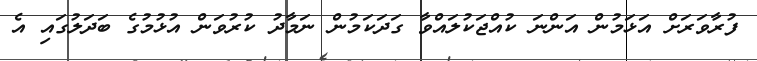
ފުރާވަރަށް އަޅަމުން އަންނަ ކުއްޖަކުލައްވާ ގަދަކަމުން ނަމާދު ކުރުވަން އުޅުމުގެ ބަދަލުގައި އެ